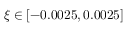
\xi \in [ - 0 . 0 0 2 5 , 0 . 0 0 2 5 ]